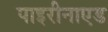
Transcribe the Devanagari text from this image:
पाइरीनाएड